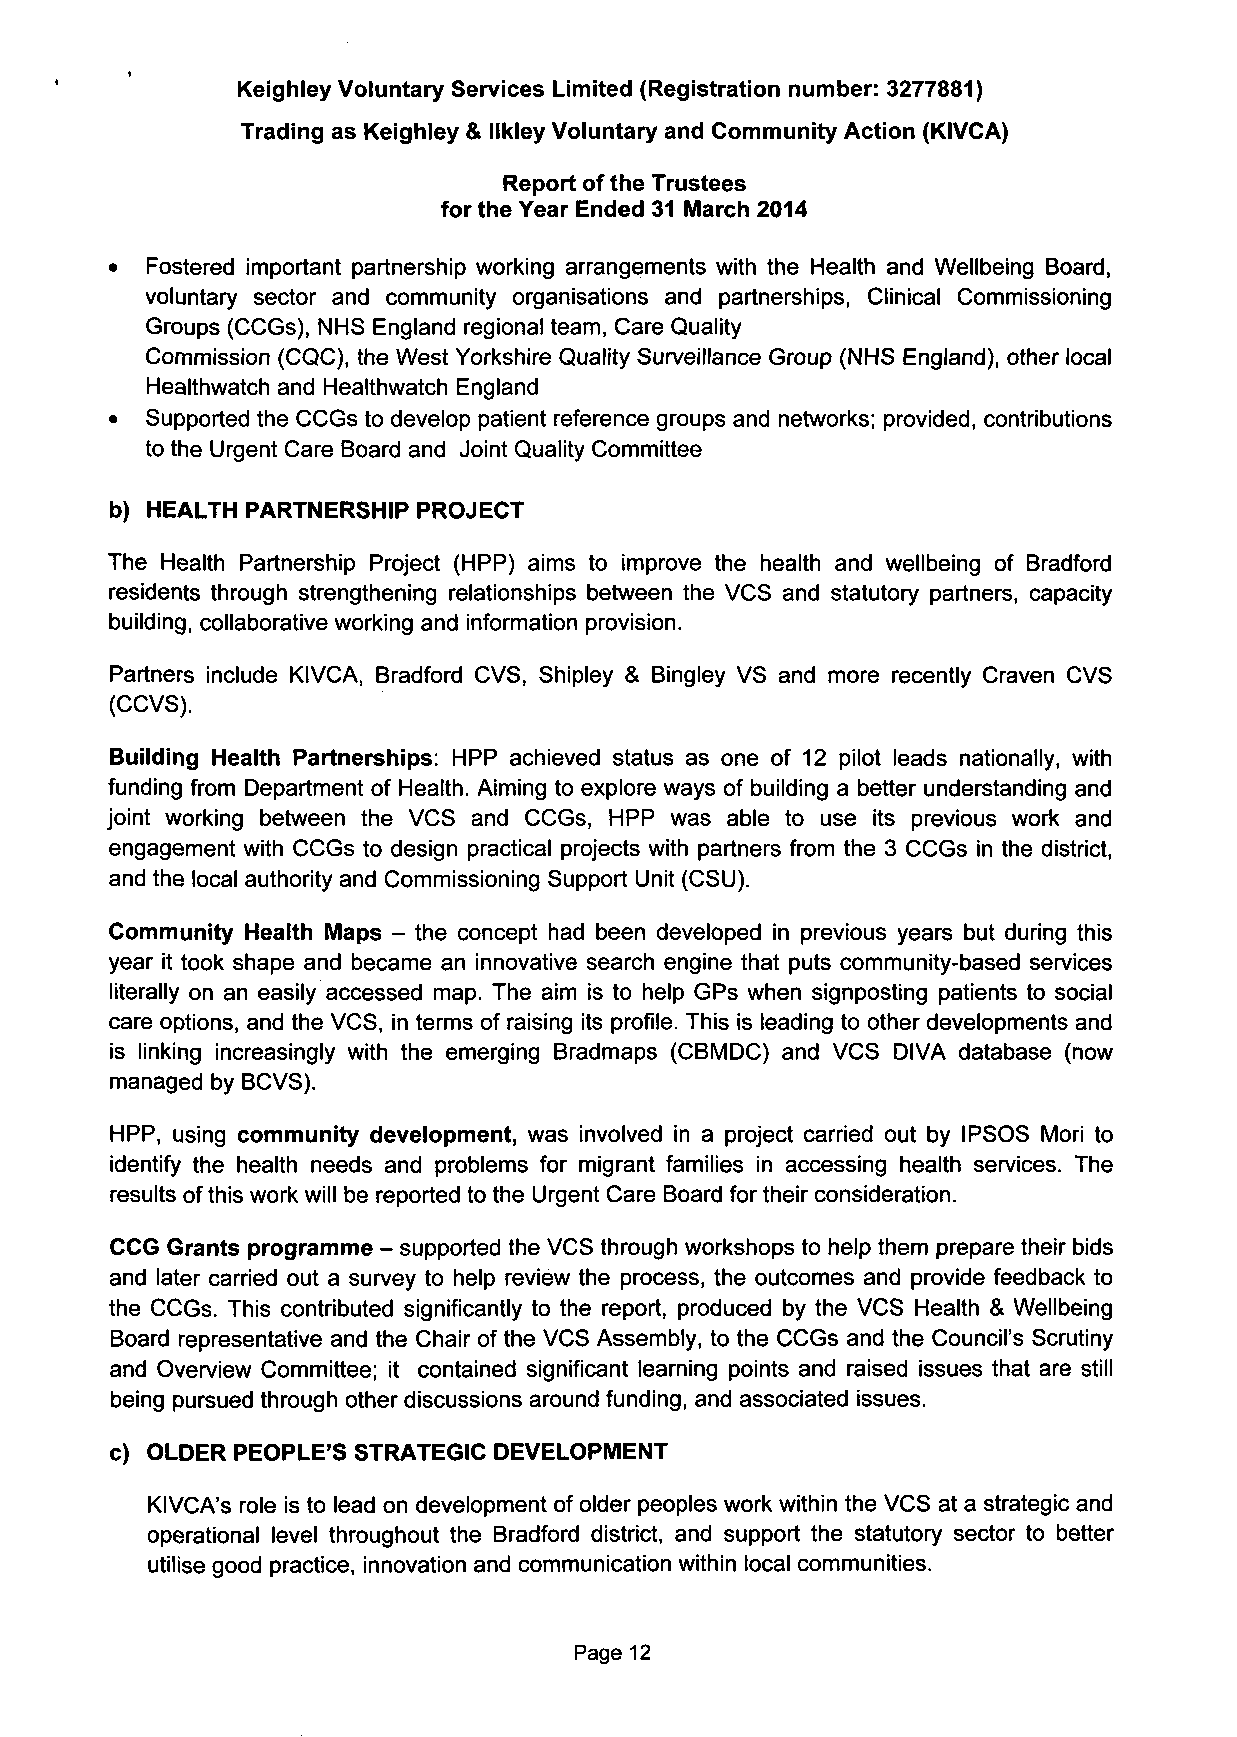
Keighley Voluntary Services Limited (Registration number: 3277881)
 Trading as Keighley & llkley Voluntary and Community Action (KIVCA)
 Report of the Trustees
 for the Year Ended 31 March 2014
 •  Fostered important partnership working arrangements with the Health and Wellbeing Board,
 voluntary sector and community organisations and partnerships, Clinical Commissioning
 Groups (CCGs), NHS England regional team, Care Quality
 Commission (CQC), the West Yorkshire Quality Surveillance Group (NHS England), other local
 Healthwatch and Healthwatch England
 •  Supported the CCGs to develop patient reference groups and networks; provided, contributions
 to the Urgent Care Board and Joint Quality Committee
 b) HEALTH PARTNERSHIP PROJECT
 The Health Partnership Project (HPP) aims to improve the health and wellbeing of Bradford
 residents through strengthening relationships between the VCS and statutory partners, capacity
 building, collaborative working and information provision.
 Partners include KIVCA, Bradford CVS, Shipley & Bingley VS and more recently Craven CVS
 (CCVS).
 Building Health Partnerships: HPP achieved status as one of 12 pilot leads nationally, with
 funding from Department of Health. Aiming to explore ways of building a better understanding and
 joint working between the VCS and CCGs, HPP was able to use its previous work and
 engagement with CCGs to design practical projects with partners from the 3 CCGs in the district,
 and the local authority and Commissioning Support Unit (CSU).
 Community Health Maps - the concept had been developed in previous years but during this
 year it took shape and became an innovative search engine that puts community-based services
 literally on an easily accessed map. The aim is to help GPs when signposting patients to social
 care options, and the VCS, in terms of raising its profile. This is leading to other developments and
 is linking increasingly with the emerging Bradmaps (CBMDC) and VCS DIVA database (now
 managed by BCVS).
 HPP, using community development, was involved in a project carried out by IPSOS Mori to
 identify the health needs and problems for migrant families in accessing health services. The
 results of this work will be reported to the Urgent Care Board for their consideration.
 CCG Grants programme - supported the VCS through workshops to help them prepare their bids
 and later carried out a survey to help review the process, the outcomes and provide feedback to
 the CCGs. This contributed significantly to the report, produced by the VCS Health & Wellbeing
 Board representative and the Chair of the VCS Assembly, to the CCGs and the Council's Scrutiny
 and Overview Committee; it contained significant learning points and raised issues that are still
 being pursued through other discussions around funding, and associated issues.
 c) OLDER PEOPLE'S STRATEGIC DEVELOPMENT
 KIVCA's role is to lead on development of older peoples work within the VCS at a strategic and
 operational level throughout the Bradford district, and support the statutory sector to better
 utilise good practice, innovation and communication within local communities.
 Page 12